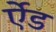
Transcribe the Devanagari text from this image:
र्एेड